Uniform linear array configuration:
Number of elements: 48
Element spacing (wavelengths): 0.75
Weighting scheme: binomial
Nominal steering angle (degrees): -30
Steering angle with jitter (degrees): -30.689
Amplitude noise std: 0.05
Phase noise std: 0.05

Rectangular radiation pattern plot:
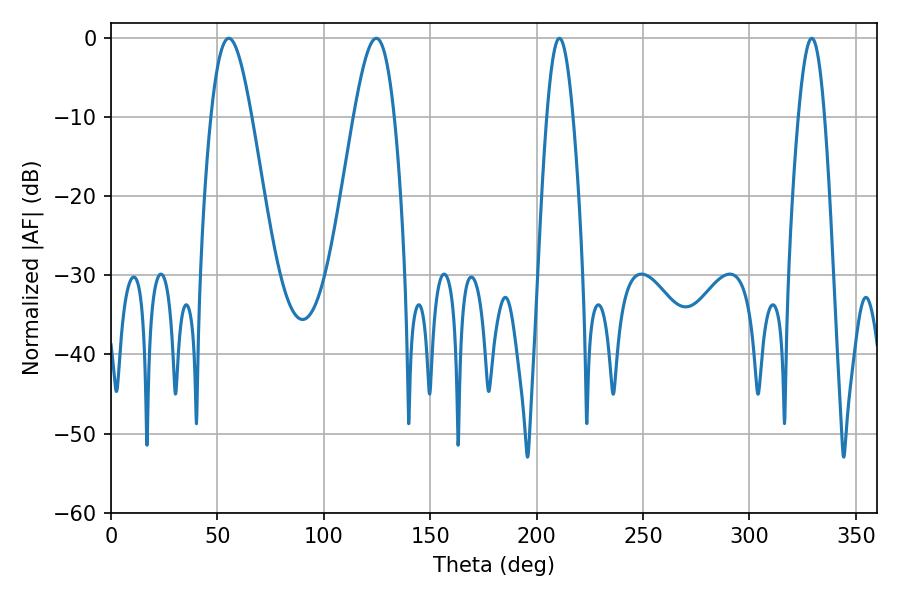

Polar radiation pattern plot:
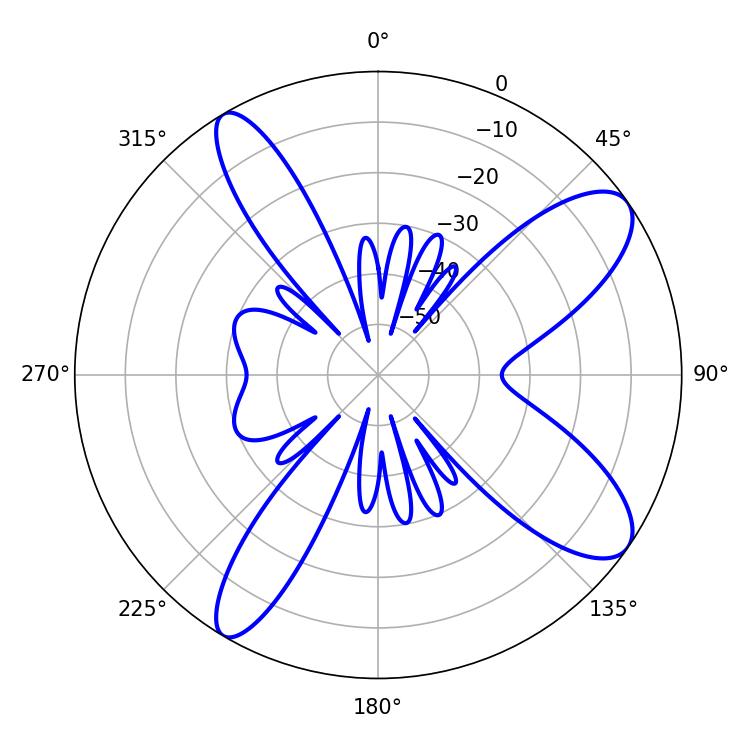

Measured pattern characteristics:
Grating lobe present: TRUE
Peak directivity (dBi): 10.141
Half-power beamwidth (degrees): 10.26
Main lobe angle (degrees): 55.26